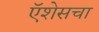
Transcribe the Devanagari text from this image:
ऍशेसचा